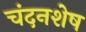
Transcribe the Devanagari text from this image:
चंदनशेष